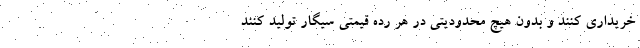
خریداری کنند و بدون هیچ محدودیتی در هر رده قیمتی سیگار تولید کنند